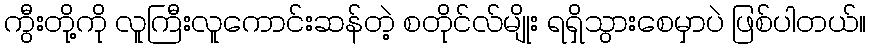
ကွီးတို့ကို လူကြီးလူကောင်းဆန်တဲ့ စတိုင်လ်မျိုး ရရှိသွားစေမှာပဲ ဖြစ်ပါတယ်။